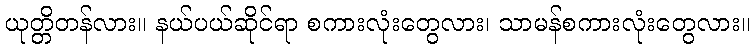
ယုတ္တိတန်လား။ နယ်ပယ်ဆိုင်ရာ စကားလုံးတွေလား၊ သာမန်စကားလုံးတွေလား။